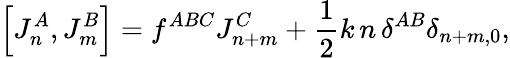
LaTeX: \left[J_{n}^{A},J_{m}^{B}\right]=f^{ABC}J_{n+m}^{C}+\frac{1}{2}k\, n\, \delta^{AB}\delta_{n+m,0},